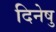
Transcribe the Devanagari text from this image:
दिनेषु